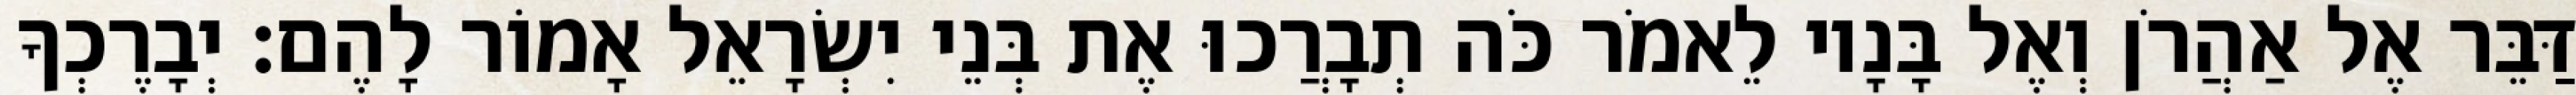
דַּבֵּר אֶל אַהֲרֹן וְאֶל בָּנָיו לֵאמֹר כֹּה תְבָרֲכוּ אֶת בְּנֵי יִשְׂרָאֵל אָמוֹר לָהֶם׃ יְבָרֶכְךָ